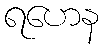
ရဟေန